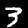
Digit: 3